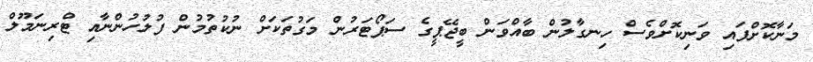
މަނާކޮށްފައި ވަނިކޮށްވެސް ހިނގާލުން ބާއްވަން ބީޖޭޕީގެ ސަޕޯޓަރުން މަގުތަކަށް ނުކުތުމުން ފުލުހުންނާއި ޓްރިނަމޫލް